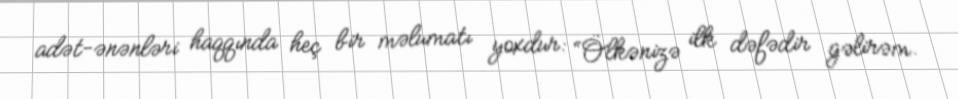
adət-ənənləri haqqında heç bir məlumatı yoxdur: “Ölkənizə ilk dəfədir gəlirəm.